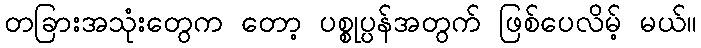
တခြားအသုံးတွေက တော့ ပစ္စုပ္ပန်အတွက် ဖြစ်ပေလိမ့် မယ်။